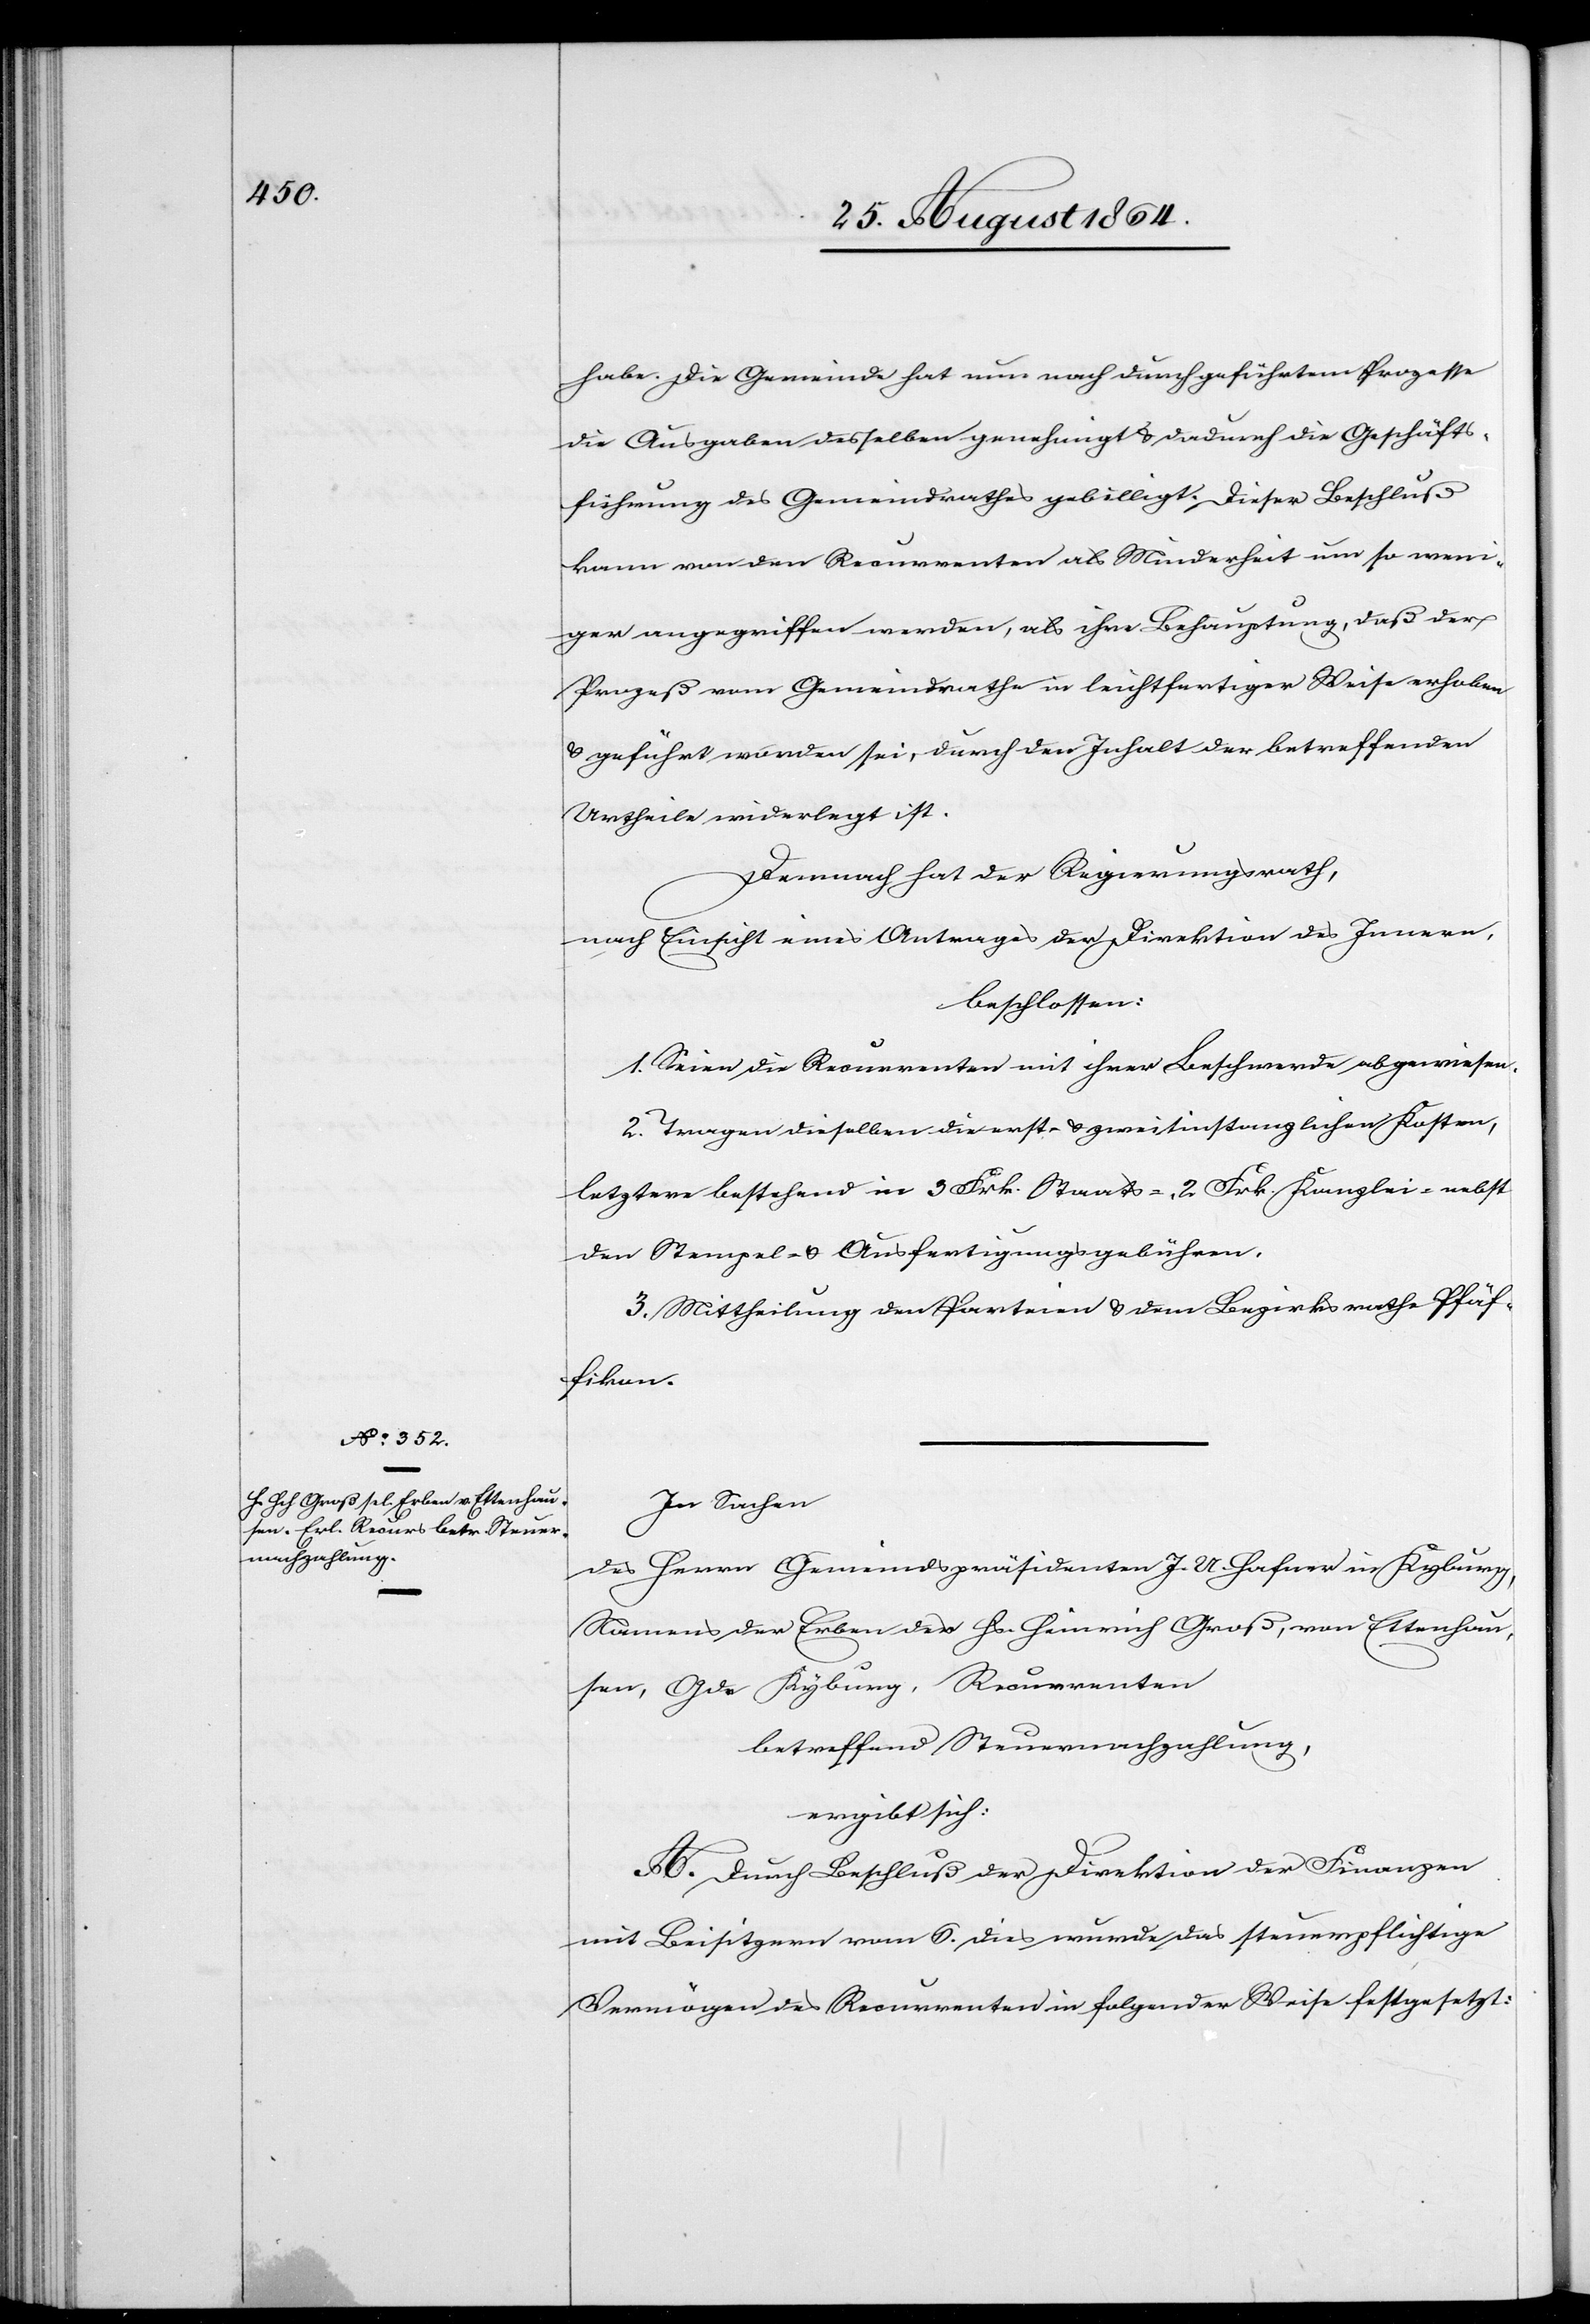
habe. Die Gemeinde hat nun nach durchgeführtem Prozesse
die Ausgaben desselben genehmigt & dadurch die Geschäfts¬
führung des Gemeindrathes gebilligt. Dieser Beschluß
kann von den Recurrenten als Minderheit um so weni¬
ger angegriffen werden, als ihre Behauptung, daß der
Prozeß vom Gemeindrathe in leichtfertiger Weise erhoben
& geführt worden sei, durch den Inhalt der betreffenden
Urtheile widerlegt ist.
Demnach hat der Regierungsrath,
nach Einsicht eines Antrages der Direktion des Innern,
beschlossen:
1. Seien die Recurrenten mit ihrer Beschwerde abgewiesen.
2. Tragen dieselben die erst- & zweitinstanzlichen Kosten,
letztere bestehend in 3 Frk. Staats , 2 Frk. Kanzlei- nebst
den Stempel- & Ausfertigungsgebühren.
3. Mittheilung den Parteien & dem Bezirksrathe Pfäf¬
fikon.
In Sachen
des Herrn Gemeindspräsidenten J. U. Hafner in Kyburg,
Namens der Erben des Hs. Heinrich Groß, von Ettenhau¬
sen, Gde Kyburg, Recurrenten
betreffend Steuernachzahlung,
ergibt sich:
A. Durch Beschluß der Direktion der Finanzen
mit Beisitzern vom 6. dies wurde das steuerpflichtige
Vermögen des Recurrenten in folgender Weise festgesetzt: